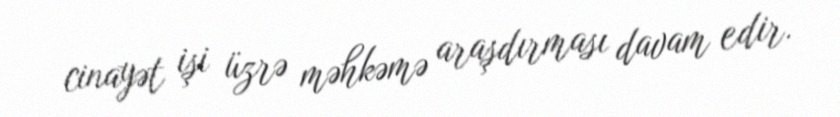
cinayət işi üzrə məhkəmə araşdırması davam edir.